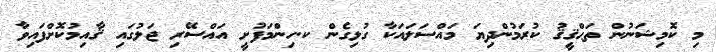
މި ކޮމިޝަނުން ތަޙްޤީޤު ކުރަމުންދިޔަ މައްސަލައަކާ ގުޅިގެން ކ.ހިންމަފުށީ އައްސޭރި ޖަލުގައި ޤާއިމުކޮށްފައިވާ